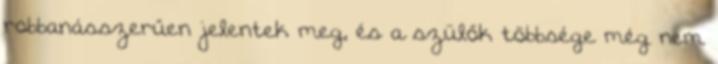
robbanásszerűen jelentek meg, és a szülők többsége még nem